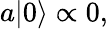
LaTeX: a|0\rangle\propto 0,